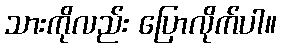
သားကိုလည်း ပြောလိုက်ပါ။